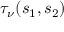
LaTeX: \tau _ { \nu } ( s _ { 1 } , s _ { 2 } )